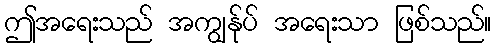
ဤအရေးသည် အကျွန်ုပ် အရေးသာ ဖြစ်သည်။